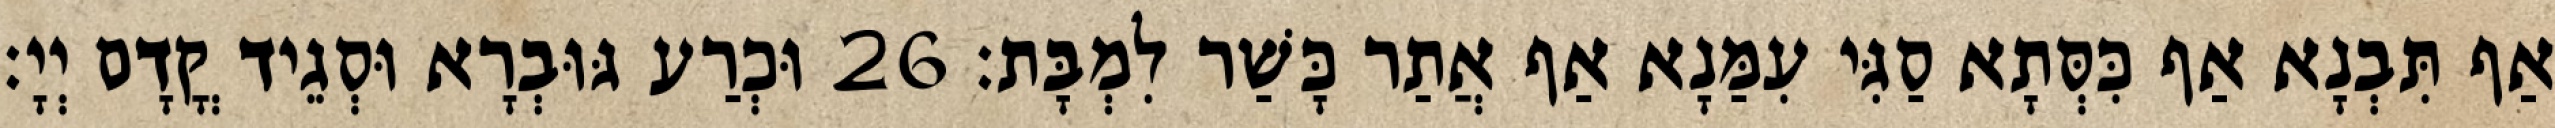
אַף תִּבְנָא אַף כִּסְּתָא סַגִּי עִמַּנָא אַף אֲתַר כָּשַׁר לִמְבָּת׃ 26 וּכְרַע גּוּבְרָא וּסְגֵיד קֳדָם יְיָ׃